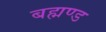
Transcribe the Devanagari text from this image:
बह्मण्ड